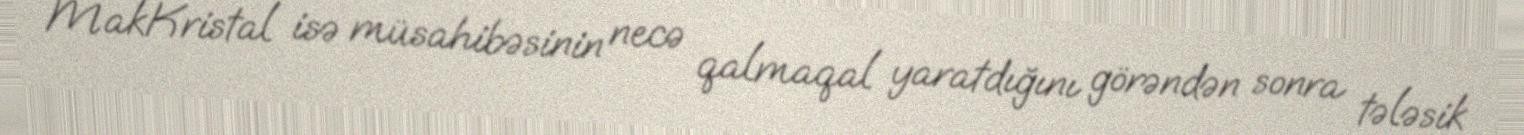
MakKristal isə müsahibəsinin necə qalmaqal yaratdığını görəndən sonra tələsik